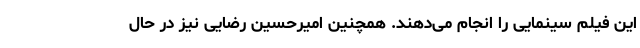
این فیلم سینمایی را انجام می‌دهند. همچنین امیرحسین رضایی نیز در حال